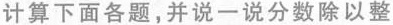
计算下面各题，并说-说分数除以整